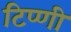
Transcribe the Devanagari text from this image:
टिप्णी